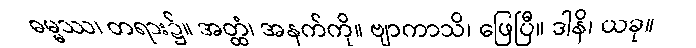
ဓမ္မဿ၊ တရား၌။ အတ္ထံ၊ အနက်ကို။ ဗျာကာသိ၊ ဖြေပြီ။ ဒါနိ၊ ယခု။